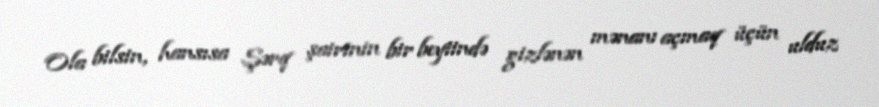
Ola bilsin, hansısa Şərq şairinin bir beytində gizlənən mənanı açmaq üçün ulduz